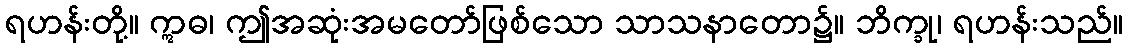
ရဟန်းတို့။ ဣဓ၊ ဤအဆုံးအမတော်ဖြစ်သော သာသနာတော၌။ ဘိက္ခု၊ ရဟန်းသည်။